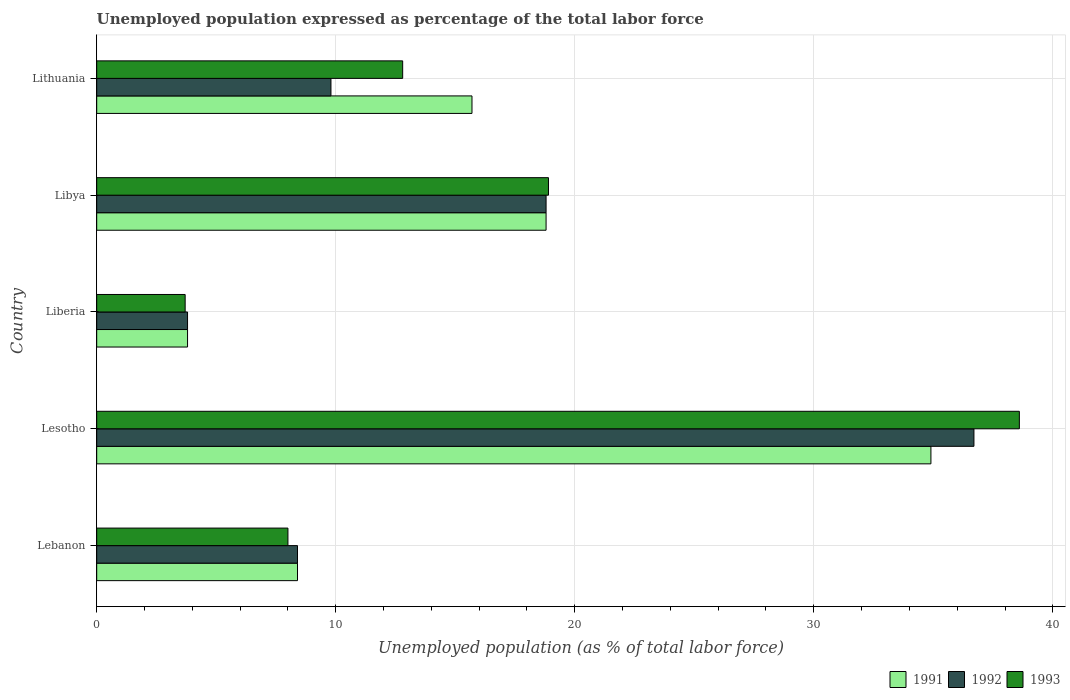
| Country | 1991 | 1992 | 1993 |
 | --- | --- | --- | --- |
 | Lebanon | 8.4 | 8.4 | 8 |
 | Lesotho | 34.9 | 36.7 | 38.6 |
 | Liberia | 3.8 | 3.8 | 3.7 |
 | Libya | 18.8 | 18.8 | 18.9 |
 | Lithuania | 15.7 | 9.8 | 12.8 |